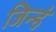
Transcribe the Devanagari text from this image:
जिन्हं